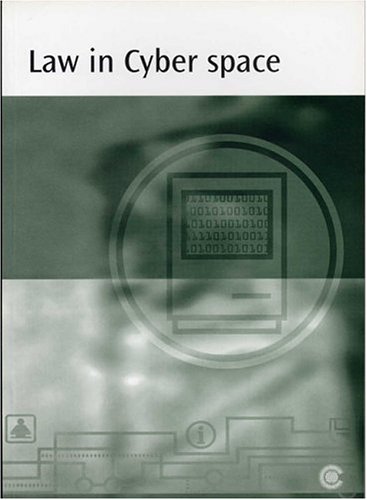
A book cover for Law in Cyber Space (Pt. 1, Pt. 2); Commonwealth Secretariat; Law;